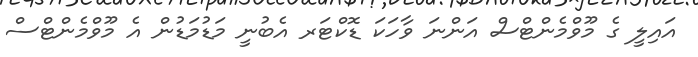
އައިލީ ގެ މޫވްމެންޓްސް އަންނަ ވާހަކަ ޑޮކްޓަރ އެބުނީ މަޑުމަޑުން އެ މޫވްމެންޓްސް